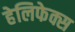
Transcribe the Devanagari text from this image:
हेलिफेक्स